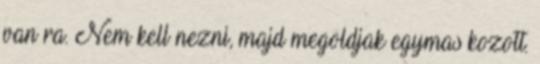
van ra. Nem kell nezni, majd megoldjak egymas kozott.